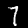
Digit: 7